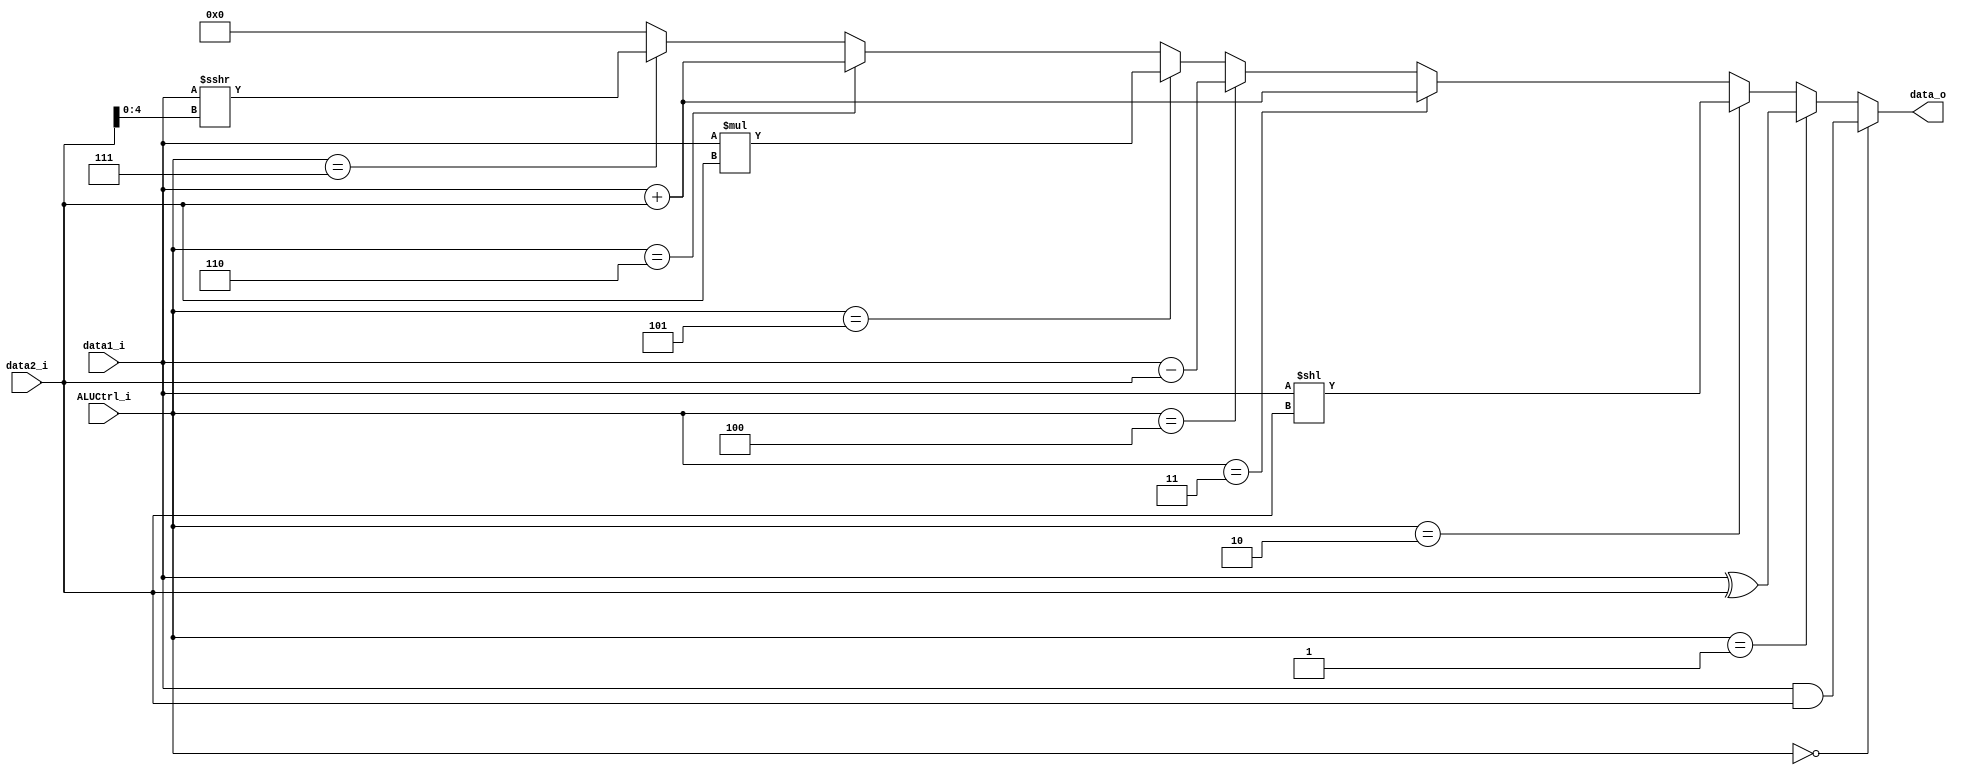
module ALU(
    data1_i,
    data2_i,
    ALUCtrl_i,
    data_o
);


input  signed [31:0] data1_i;
input  signed [31:0] data2_i;
input         [ 2:0] ALUCtrl_i;
output signed [31:0] data_o;

wire          [31:0] result;

assign data_o = (ALUCtrl_i == 4'b0000) ? data1_i  &  data2_i : // and
                (ALUCtrl_i == 4'b0001) ? data1_i  ^  data2_i : // xor
                (ALUCtrl_i == 4'b0010) ? data1_i  << data2_i : // sll
                (ALUCtrl_i == 4'b0011) ? $signed(data1_i) + $signed(data2_i) : // add
                (ALUCtrl_i == 4'b0100) ? $signed(data1_i) - $signed(data2_i) : // sub
                (ALUCtrl_i == 4'b0101) ? $signed(data1_i) * $signed(data2_i) : // mul
                (ALUCtrl_i == 4'b0110) ? $signed(data1_i) + $signed(data2_i) : // addi
                (ALUCtrl_i == 4'b0111) ? $signed(data1_i) >>> data2_i[4:0] : // srai
                (ALUCtrl_i == 4'b1000) ? data1_i  +  data2_i : // lw
                (ALUCtrl_i == 4'b1001) ? data1_i  +  data2_i: // sw
                (ALUCtrl_i == 4'b1010) ? data1_i  << data2_i : // beq
                32'b0;

endmodule